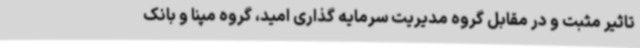
تاثیر مثبت و در مقابل گروه مدیریت سرمایه گذاری امید، گروه مپنا و بانک